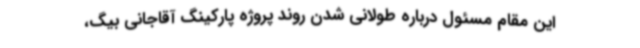
این مقام مسئول درباره طولانی شدن روند پروژه پارکینگ آقاجانی بیگ،